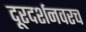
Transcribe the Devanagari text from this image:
दूरदर्शनवरच